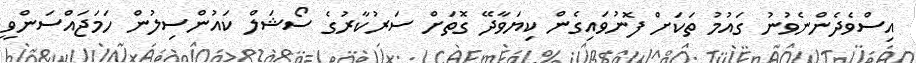
އިސްވެދެންނެވުނު ގައުމު ތަކަށް ފޮނުވައިގެން ކިޔަވާދޭ ގޮތަށް ސަރުކާރުގެ ސޯޝަލް ކައުންސިލުން ހަމަޖައްސަންވީ